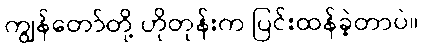
ကျွန်တော်တို့ ဟိုတုန်းက ပြင်းထန်ခဲ့တာပဲ။